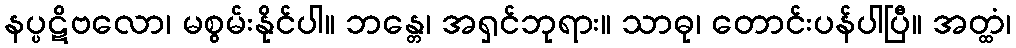
နပ္ပဋိဗလော၊ မစွမ်းနိုင်ပါ။ ဘန္တေ၊ အရှင်ဘုရား။ သာဓု၊ တောင်းပန်ပါပြီ။ အတ္ထံ၊